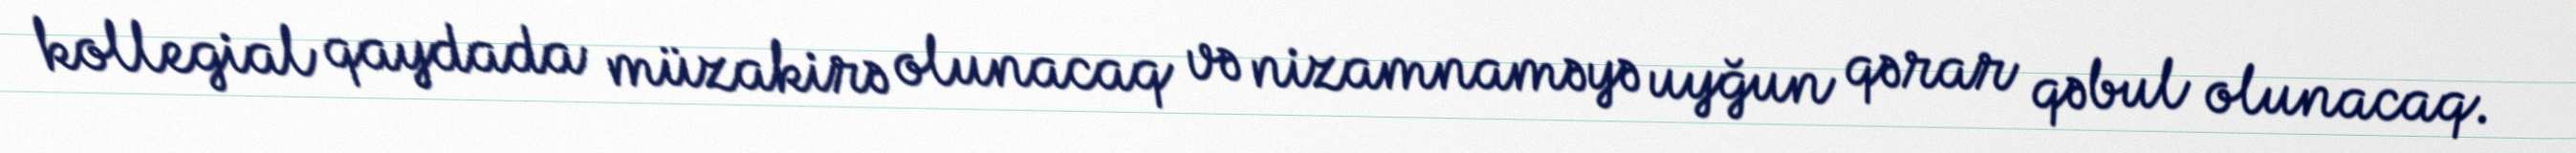
kollegial qaydada müzakirə olunacaq və nizamnaməyə uyğun qərar qəbul olunacaq.